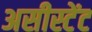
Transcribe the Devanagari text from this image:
असीस्टेंट